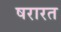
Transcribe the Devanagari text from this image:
षरारत